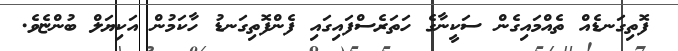
ފޮތިގަނޑެއް ތެއްމައިގެން ސަކީނާގެ ހަތަރެސްފައިގައި ފެންފޮތިގަނޑު ހާކަމުން އަކިޔަލް ބުންޏެވެ.